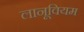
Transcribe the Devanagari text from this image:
लानूवियम